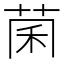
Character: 𫈂